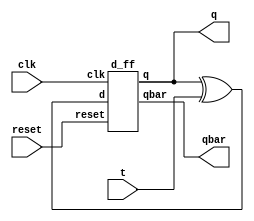
module t_ff(
input clk,reset,t,
output q,qbar);
wire w1;

assign w1 = q^t;
d_ff dut(clk,reset,w1,q,qbar);

endmodule 

module d_ff(
input clk,reset,d,
output reg q,output qbar);

always @(posedge clk)
begin
if(!reset) begin
  q <= d;
end
else 
  q <= 0;
end
assign qbar = ~q;
endmodule